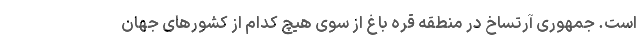
است. جمهوری آرتساخ در منطقه قره باغ از سوی هیچ کدام از کشورهای جهان